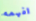
افهمه